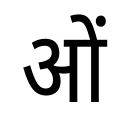
OCR:
ओं